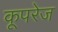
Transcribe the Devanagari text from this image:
कूपरेज